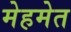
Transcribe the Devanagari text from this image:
मेहमेत